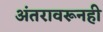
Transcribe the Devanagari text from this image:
अंतरावरूनही